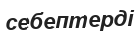
себептерді